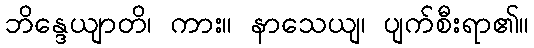
ဘိန္ဒေယျာတိ၊ ကား။ နာသေယျ၊ ပျက်စီးရာ၏။